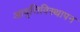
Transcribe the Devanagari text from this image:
आवृत्तिविस्थापन